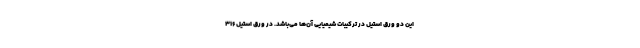
این دو ورق استیل در ترکیبات شیمیایی آن‌ها می‌باشد. در ورق استیل 316